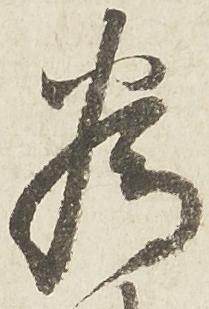
為